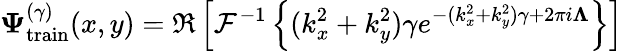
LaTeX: \mathbf{\Psi}_{\mathrm{train}}^{(\gamma)}(x,y)=\Re\left[\mathcal{F}^{-1}\left\{ (k_{x}^{2}+k_{y}^{2})\gamma e^{-(k_{x}^{2}+k_{y}^{2})\gamma+2\pi i\mathbf{\Lambda}}\right\} \right]